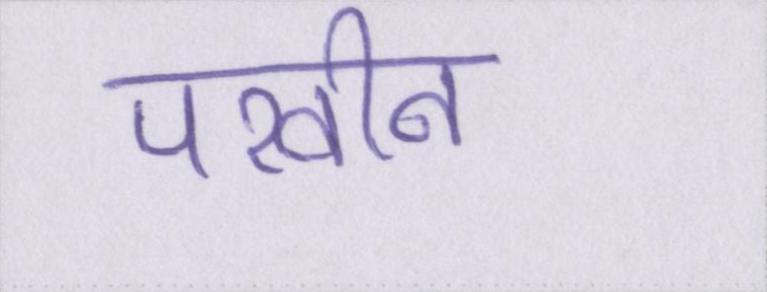
परवीन